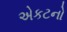
એકટનો